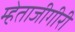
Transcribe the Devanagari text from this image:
म्हेताजीगीरी